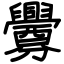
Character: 釁